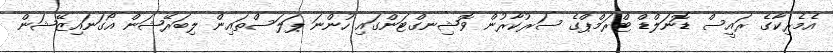
އެމެރިކާގެ ރައީސް ޑޮނަލްޑް ޓްރަމްޕްގެ ސަރުކާރުން ވޮޝިނގްޓަންގައި ހުންނަ ޕަލަސްތައިން ލިބަރޭޝަން އޯގަނައިޒޭޝަން